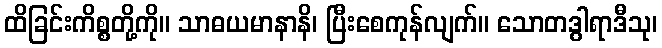
ထိခြင်းကိစ္စတို့ကို။ သာဓယမာနာနိ၊ ပြီးစေကုန်လျက်။ သောတဒွါရာဒီသု၊